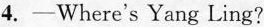
4. -Where's Yang Ling?